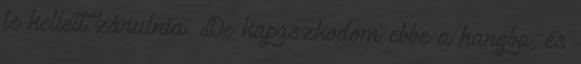
le kellett zárulnia. De kapaszkodom ebbe a hangba, és